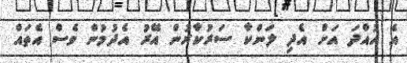
އެ ހުއްދަ އަށް އެދި ލަންކާ ސަރުކާރުން އޭރު އެދުމުން ވެސް އެތައް